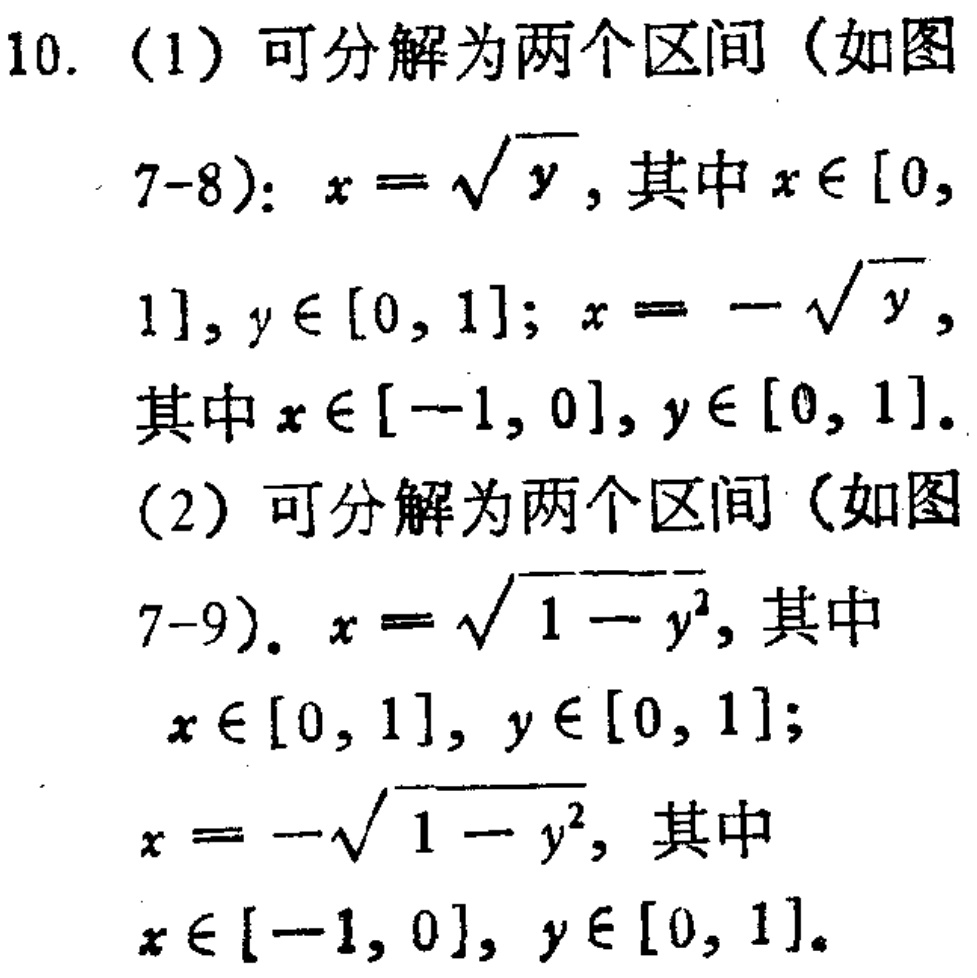
10. (1) 可分解为两个区间（如图7-8）：\(x = \sqrt{y}\)，其中\(x\in[0,1]\)，\(y\in[0,1]\)；\(x = -\sqrt{y}\)，其中\(x\in[-1,0]\)，\(y\in[0,1]\)。

(2) 可分解为两个区间（如图7-9）。\(x = \sqrt{1 - y^{2}}\)，其中\(x\in[0,1]\)，\(y\in[0,1]\)；\(x = -\sqrt{1 - y^{2}}\)，其中\(x\in[-1,0]\)，\(y\in[0,1]\)。